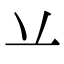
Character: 䒑